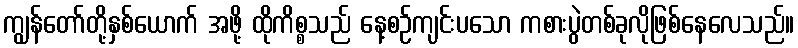
ကျွန်တော်တို့နှစ်ယောက် အဖို့ ထိုကိစ္စသည် နေ့စဉ်ကျင်းပသော ကစားပွဲတစ်ခုလိုဖြစ်နေလေသည်။